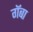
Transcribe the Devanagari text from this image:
गॅबा